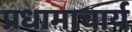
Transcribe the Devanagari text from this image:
प्रधामाचार्य